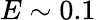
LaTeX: E\sim 0.1